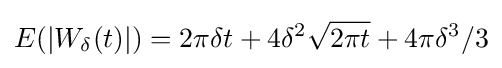
E(|W_{\delta }(t)|)=2\pi \delta t+4\delta ^{2}{\sqrt {2\pi t}}+4\pi \delta ^{3}/3